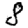
Digit: 8